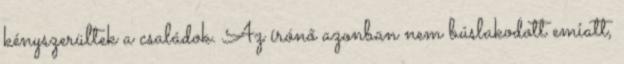
kényszerültek a családok. Az írónő azonban nem búslakodott emiatt,